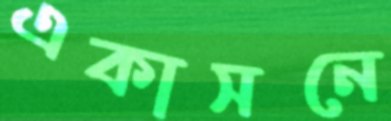
একাসনে